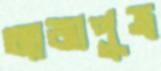
ত্যাজ্যপুত্র